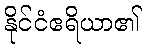
နိုင်ငံဧရိယာ၏